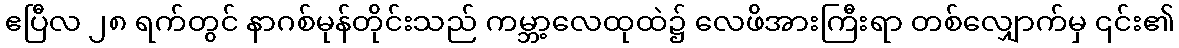
ဧပြီလ ၂၈ ရက်တွင် နာဂစ်မုန်တိုင်းသည် ကမ္ဘာ့လေထုထဲ၌ လေဖိအားကြီးရာ တစ်လျှောက်မှ ၎င်း၏